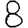
Digit: 8